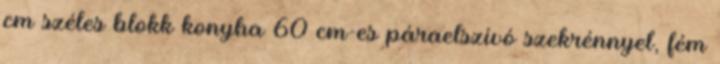
cm széles blokk konyha 60 cm-es páraelszívó szekrénnyel, fém